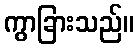
ကွာခြားသည်။